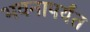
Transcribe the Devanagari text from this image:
भवनापर्यंत